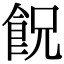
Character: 𩚶